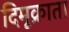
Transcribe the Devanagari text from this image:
दिमूक्राता